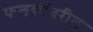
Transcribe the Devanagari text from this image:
फलकांवरील